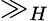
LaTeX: \gg_{H}